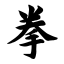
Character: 拳